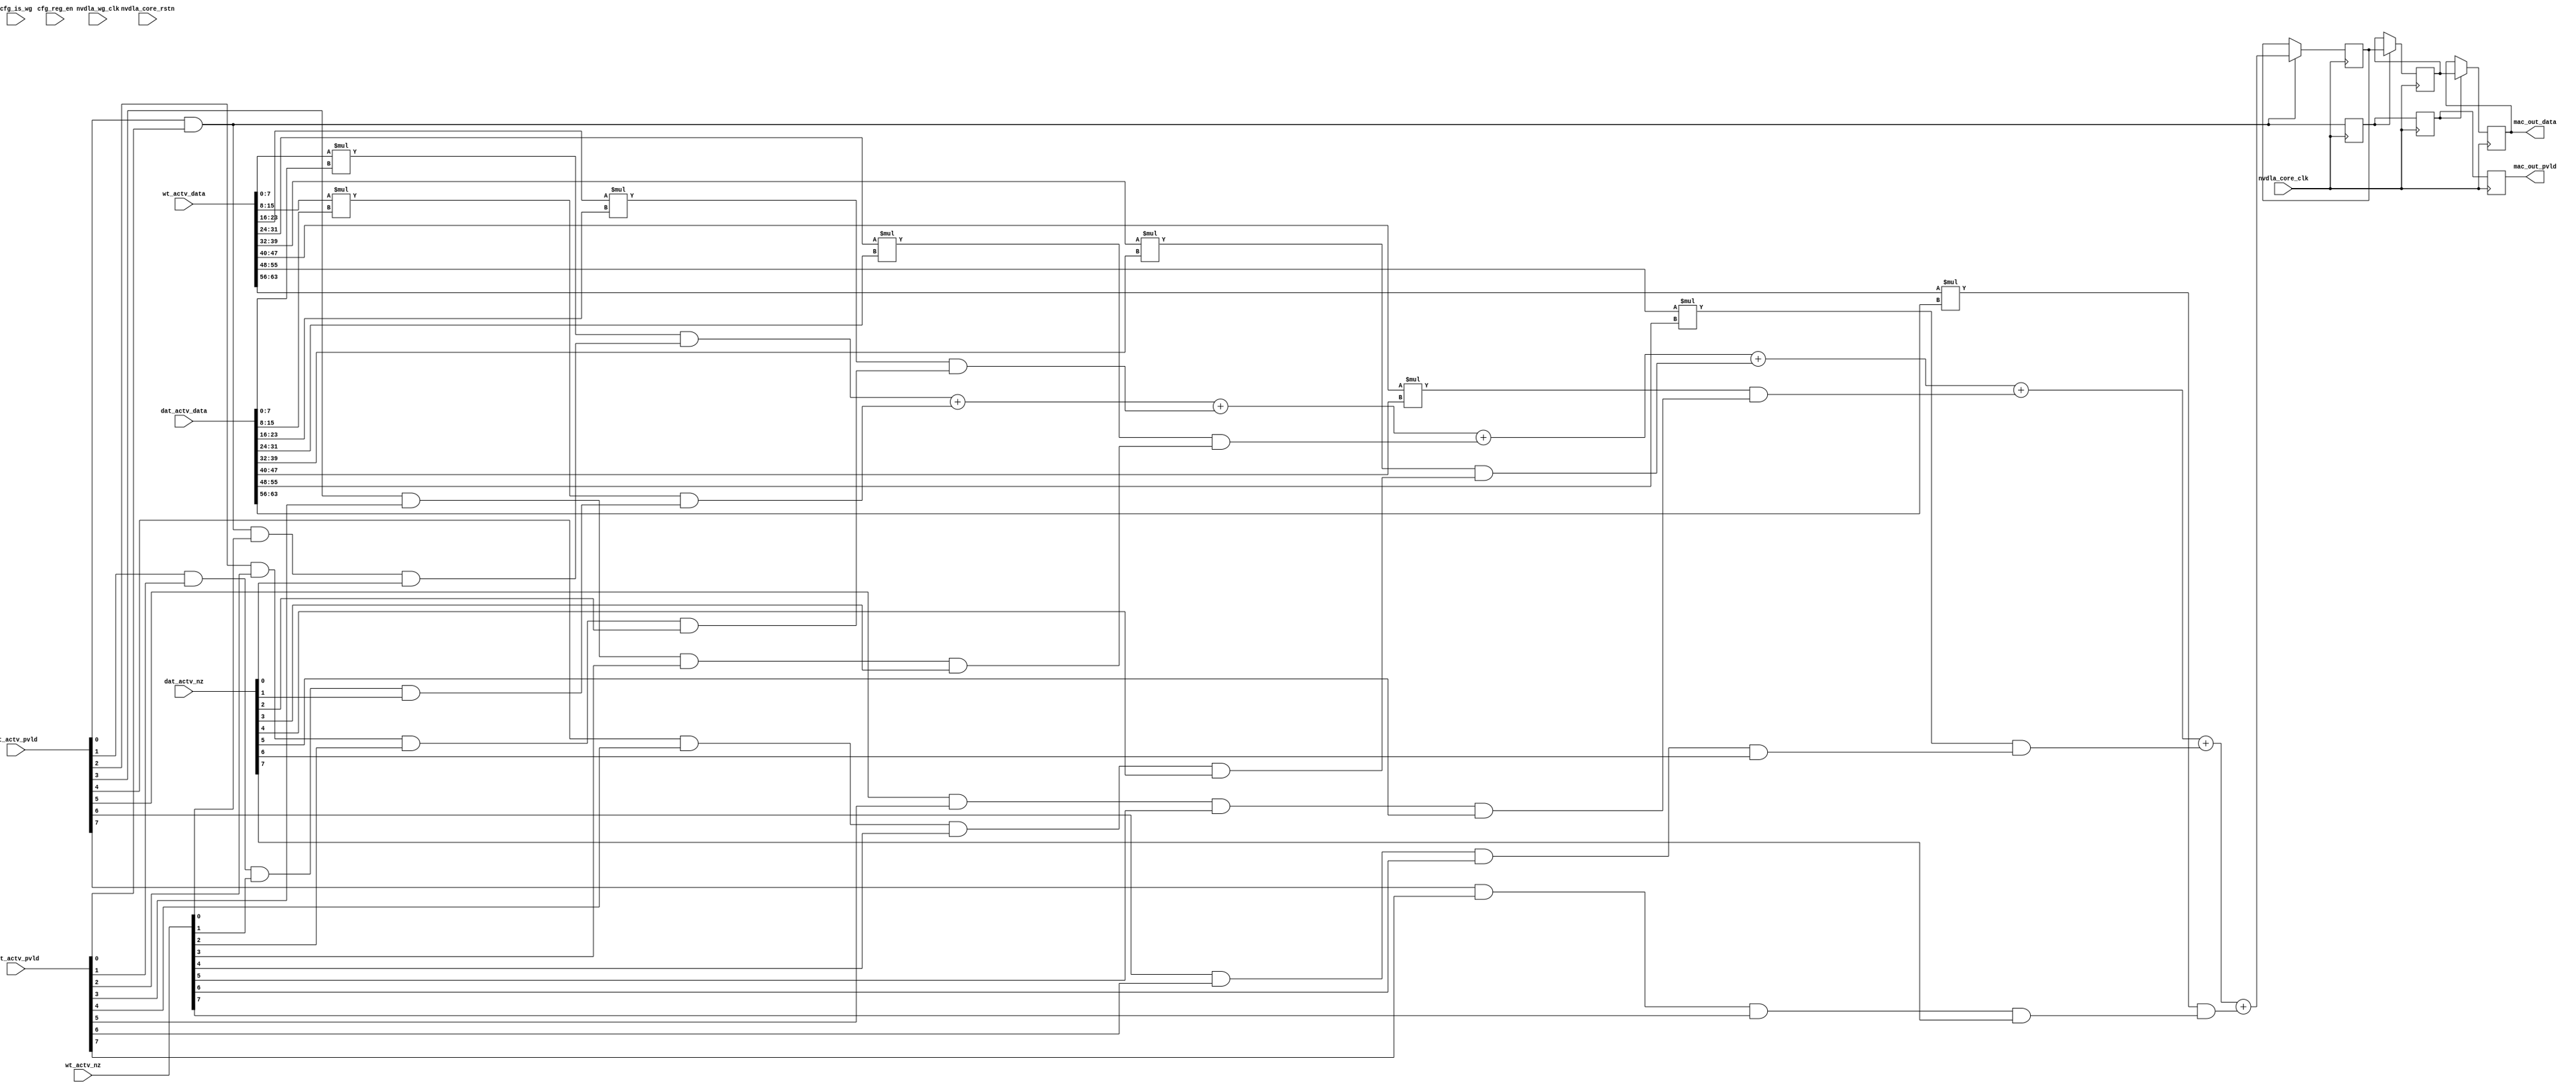
// ================================================================
// NVDLA Open Source Project
//
// Copyright(c) 2016 - 2017 NVIDIA Corporation. Licensed under the
// NVDLA Open Hardware License; Check "LICENSE" which comes with
// this distribution for more information.
// ================================================================
// ================================================================
// NVDLA Open Source Project
// 
// Copyright(c) 2016 - 2017 NVIDIA Corporation.  Licensed under the
// NVDLA Open Hardware License; Check "LICENSE" which comes with 
// this distribution for more information.
// ================================================================
`define DESIGNWARE_NOEXIST 1
module NV_NVDLA_CMAC_CORE_mac (
   nvdla_core_clk //|< i
  ,nvdla_wg_clk //|< i
  ,nvdla_core_rstn //|< i
  ,cfg_is_wg //|< i
  ,cfg_reg_en //|< i
  ,dat_actv_data //|< i
  ,dat_actv_nz //|< i
  ,dat_actv_pvld //|< i
  ,wt_actv_data //|< i
  ,wt_actv_nz //|< i
  ,wt_actv_pvld //|< i
  ,mac_out_data //|> o
  ,mac_out_pvld //|> o
  );
input nvdla_core_clk;
input nvdla_wg_clk;
input nvdla_core_rstn;
input cfg_is_wg;
input cfg_reg_en;
input [8*8 -1:0] dat_actv_data;
input [8 -1:0] dat_actv_nz;
input [8 -1:0] dat_actv_pvld;
input [8*8 -1:0] wt_actv_data;
input [8 -1:0] wt_actv_nz;
input [8 -1:0] wt_actv_pvld;
output [19 -1:0] mac_out_data;
output mac_out_pvld;
////////////////// unpack data&nz //////////////
//: for(my $i=0; $i<8; $i++){
//: my $bpe = 8;
//: my $data_msb = ($i+1) * $bpe - 1;
//: my $data_lsb = $i * $bpe;
//: print qq(
//: wire [${bpe}-1:0] wt_actv_data${i} = wt_actv_data[${data_msb}:${data_lsb}];
//: wire [${bpe}-1:0] dat_actv_data${i} = dat_actv_data[${data_msb}:${data_lsb}];
//: wire wt_actv_nz${i} = wt_actv_nz[${i}];
//: wire dat_actv_nz${i} = dat_actv_nz[${i}];
//: )
//: }
//| eperl: generated_beg (DO NOT EDIT BELOW)

wire [8-1:0] wt_actv_data0 = wt_actv_data[7:0];
wire [8-1:0] dat_actv_data0 = dat_actv_data[7:0];
wire wt_actv_nz0 = wt_actv_nz[0];
wire dat_actv_nz0 = dat_actv_nz[0];

wire [8-1:0] wt_actv_data1 = wt_actv_data[15:8];
wire [8-1:0] dat_actv_data1 = dat_actv_data[15:8];
wire wt_actv_nz1 = wt_actv_nz[1];
wire dat_actv_nz1 = dat_actv_nz[1];

wire [8-1:0] wt_actv_data2 = wt_actv_data[23:16];
wire [8-1:0] dat_actv_data2 = dat_actv_data[23:16];
wire wt_actv_nz2 = wt_actv_nz[2];
wire dat_actv_nz2 = dat_actv_nz[2];

wire [8-1:0] wt_actv_data3 = wt_actv_data[31:24];
wire [8-1:0] dat_actv_data3 = dat_actv_data[31:24];
wire wt_actv_nz3 = wt_actv_nz[3];
wire dat_actv_nz3 = dat_actv_nz[3];

wire [8-1:0] wt_actv_data4 = wt_actv_data[39:32];
wire [8-1:0] dat_actv_data4 = dat_actv_data[39:32];
wire wt_actv_nz4 = wt_actv_nz[4];
wire dat_actv_nz4 = dat_actv_nz[4];

wire [8-1:0] wt_actv_data5 = wt_actv_data[47:40];
wire [8-1:0] dat_actv_data5 = dat_actv_data[47:40];
wire wt_actv_nz5 = wt_actv_nz[5];
wire dat_actv_nz5 = dat_actv_nz[5];

wire [8-1:0] wt_actv_data6 = wt_actv_data[55:48];
wire [8-1:0] dat_actv_data6 = dat_actv_data[55:48];
wire wt_actv_nz6 = wt_actv_nz[6];
wire dat_actv_nz6 = dat_actv_nz[6];

wire [8-1:0] wt_actv_data7 = wt_actv_data[63:56];
wire [8-1:0] dat_actv_data7 = dat_actv_data[63:56];
wire wt_actv_nz7 = wt_actv_nz[7];
wire dat_actv_nz7 = dat_actv_nz[7];

//| eperl: generated_end (DO NOT EDIT ABOVE)
`ifdef DESIGNWARE_NOEXIST
wire signed [19 -1:0] sum_out;
wire [8 -1:0] op_out_pvld;
//: my $mul_result_width = 18;
//: my $bpe = 8;
//: my $rwidth = 19;
//: my $result_width = $rwidth * 8 * 2;
//: for (my $i=0; $i < 8; ++$i) {
//: print "assign op_out_pvld[${i}] = wt_actv_pvld[${i}] & dat_actv_pvld[${i}] & wt_actv_nz${i} & dat_actv_nz${i};\n";
//: print "wire signed [${mul_result_width}-1:0] mout_$i = (\$signed(wt_actv_data${i}) * \$signed(dat_actv_data${i})) & \$signed({${mul_result_width}{op_out_pvld[${i}]}});\n";
//: }
//:
//: print "assign sum_out = \n";
//: for (my $i=0; $i < 8; ++$i) {
//: print "    ";
//: print "+ " if ($i != 0);
//: print "mout_$i\n";
//: }
//: print "; \n";
//| eperl: generated_beg (DO NOT EDIT BELOW)
assign op_out_pvld[0] = wt_actv_pvld[0] & dat_actv_pvld[0] & wt_actv_nz0 & dat_actv_nz0;
wire signed [18-1:0] mout_0 = ($signed(wt_actv_data0) * $signed(dat_actv_data0)) & $signed({18{op_out_pvld[0]}});
assign op_out_pvld[1] = wt_actv_pvld[1] & dat_actv_pvld[1] & wt_actv_nz1 & dat_actv_nz1;
wire signed [18-1:0] mout_1 = ($signed(wt_actv_data1) * $signed(dat_actv_data1)) & $signed({18{op_out_pvld[1]}});
assign op_out_pvld[2] = wt_actv_pvld[2] & dat_actv_pvld[2] & wt_actv_nz2 & dat_actv_nz2;
wire signed [18-1:0] mout_2 = ($signed(wt_actv_data2) * $signed(dat_actv_data2)) & $signed({18{op_out_pvld[2]}});
assign op_out_pvld[3] = wt_actv_pvld[3] & dat_actv_pvld[3] & wt_actv_nz3 & dat_actv_nz3;
wire signed [18-1:0] mout_3 = ($signed(wt_actv_data3) * $signed(dat_actv_data3)) & $signed({18{op_out_pvld[3]}});
assign op_out_pvld[4] = wt_actv_pvld[4] & dat_actv_pvld[4] & wt_actv_nz4 & dat_actv_nz4;
wire signed [18-1:0] mout_4 = ($signed(wt_actv_data4) * $signed(dat_actv_data4)) & $signed({18{op_out_pvld[4]}});
assign op_out_pvld[5] = wt_actv_pvld[5] & dat_actv_pvld[5] & wt_actv_nz5 & dat_actv_nz5;
wire signed [18-1:0] mout_5 = ($signed(wt_actv_data5) * $signed(dat_actv_data5)) & $signed({18{op_out_pvld[5]}});
assign op_out_pvld[6] = wt_actv_pvld[6] & dat_actv_pvld[6] & wt_actv_nz6 & dat_actv_nz6;
wire signed [18-1:0] mout_6 = ($signed(wt_actv_data6) * $signed(dat_actv_data6)) & $signed({18{op_out_pvld[6]}});
assign op_out_pvld[7] = wt_actv_pvld[7] & dat_actv_pvld[7] & wt_actv_nz7 & dat_actv_nz7;
wire signed [18-1:0] mout_7 = ($signed(wt_actv_data7) * $signed(dat_actv_data7)) & $signed({18{op_out_pvld[7]}});
assign sum_out = 
    mout_0
    + mout_1
    + mout_2
    + mout_3
    + mout_4
    + mout_5
    + mout_6
    + mout_7
; 

//| eperl: generated_end (DO NOT EDIT ABOVE)
`endif
`ifndef DESIGNWARE_NOEXIST
wire [19 -1:0] sum_out;
wire [19*8*2-1:0] full_mul_result;
wire [8 -1:0] op_out_pvld;
//: my $mul_result_width = 18;
//: my $bpe = 8;
//: my $rwidth = 19;
//: for (my $i=0; $i < 8; ++$i) {
//: my $j = $i * 2;
//: my $k = $i * 2 + 1;
//: print qq(
//: wire [$mul_result_width-1:0] mout_$j;
//: wire [$mul_result_width-1:0] mout_$k;
//: DW02_multp #(${bpe}, ${bpe}, $mul_result_width) mul$i (
//: .a(wt_actv_data${i}),
//: .b(dat_actv_data${i}),
//: .tc(1'b1),
//: .out0(mout_${j}),
//: .out1(mout_${k})
//: );
//: assign op_out_pvld[${i}] = wt_actv_pvld[${i}] & dat_actv_pvld[${i}] & wt_actv_nz${i} & dat_actv_nz${i};
//: );
//:
//: my $offset = $j * $rwidth;
//: my $sign_extend_bits = 19 - $mul_result_width;
//: print qq(
//: assign full_mul_result[$offset + $rwidth - 1 : $offset] = {{${sign_extend_bits}{mout_${j}[${mul_result_width}-1]}}, mout_$j} & {${rwidth}{op_out_pvld[$i]}}; );
//: $offset = $k * $rwidth;
//: print qq(
//: assign full_mul_result[$offset + $rwidth - 1 : $offset] = {{${sign_extend_bits}{mout_${k}[${mul_result_width}-1]}}, mout_$k} & {${rwidth}{op_out_pvld[$i]}}; );
//: }
//| eperl: generated_beg (DO NOT EDIT BELOW)

wire [18-1:0] mout_0;
wire [18-1:0] mout_1;
DW02_multp #(8, 8, 18) mul0 (
.a(wt_actv_data0),
.b(dat_actv_data0),
.tc(1'b1),
.out0(mout_0),
.out1(mout_1)
);
assign op_out_pvld[0] = wt_actv_pvld[0] & dat_actv_pvld[0] & wt_actv_nz0 & dat_actv_nz0;

assign full_mul_result[0 + 19 - 1 : 0] = {{1{mout_0[18-1]}}, mout_0} & {19{op_out_pvld[0]}}; 
assign full_mul_result[19 + 19 - 1 : 19] = {{1{mout_1[18-1]}}, mout_1} & {19{op_out_pvld[0]}}; 
wire [18-1:0] mout_2;
wire [18-1:0] mout_3;
DW02_multp #(8, 8, 18) mul1 (
.a(wt_actv_data1),
.b(dat_actv_data1),
.tc(1'b1),
.out0(mout_2),
.out1(mout_3)
);
assign op_out_pvld[1] = wt_actv_pvld[1] & dat_actv_pvld[1] & wt_actv_nz1 & dat_actv_nz1;

assign full_mul_result[38 + 19 - 1 : 38] = {{1{mout_2[18-1]}}, mout_2} & {19{op_out_pvld[1]}}; 
assign full_mul_result[57 + 19 - 1 : 57] = {{1{mout_3[18-1]}}, mout_3} & {19{op_out_pvld[1]}}; 
wire [18-1:0] mout_4;
wire [18-1:0] mout_5;
DW02_multp #(8, 8, 18) mul2 (
.a(wt_actv_data2),
.b(dat_actv_data2),
.tc(1'b1),
.out0(mout_4),
.out1(mout_5)
);
assign op_out_pvld[2] = wt_actv_pvld[2] & dat_actv_pvld[2] & wt_actv_nz2 & dat_actv_nz2;

assign full_mul_result[76 + 19 - 1 : 76] = {{1{mout_4[18-1]}}, mout_4} & {19{op_out_pvld[2]}}; 
assign full_mul_result[95 + 19 - 1 : 95] = {{1{mout_5[18-1]}}, mout_5} & {19{op_out_pvld[2]}}; 
wire [18-1:0] mout_6;
wire [18-1:0] mout_7;
DW02_multp #(8, 8, 18) mul3 (
.a(wt_actv_data3),
.b(dat_actv_data3),
.tc(1'b1),
.out0(mout_6),
.out1(mout_7)
);
assign op_out_pvld[3] = wt_actv_pvld[3] & dat_actv_pvld[3] & wt_actv_nz3 & dat_actv_nz3;

assign full_mul_result[114 + 19 - 1 : 114] = {{1{mout_6[18-1]}}, mout_6} & {19{op_out_pvld[3]}}; 
assign full_mul_result[133 + 19 - 1 : 133] = {{1{mout_7[18-1]}}, mout_7} & {19{op_out_pvld[3]}}; 
wire [18-1:0] mout_8;
wire [18-1:0] mout_9;
DW02_multp #(8, 8, 18) mul4 (
.a(wt_actv_data4),
.b(dat_actv_data4),
.tc(1'b1),
.out0(mout_8),
.out1(mout_9)
);
assign op_out_pvld[4] = wt_actv_pvld[4] & dat_actv_pvld[4] & wt_actv_nz4 & dat_actv_nz4;

assign full_mul_result[152 + 19 - 1 : 152] = {{1{mout_8[18-1]}}, mout_8} & {19{op_out_pvld[4]}}; 
assign full_mul_result[171 + 19 - 1 : 171] = {{1{mout_9[18-1]}}, mout_9} & {19{op_out_pvld[4]}}; 
wire [18-1:0] mout_10;
wire [18-1:0] mout_11;
DW02_multp #(8, 8, 18) mul5 (
.a(wt_actv_data5),
.b(dat_actv_data5),
.tc(1'b1),
.out0(mout_10),
.out1(mout_11)
);
assign op_out_pvld[5] = wt_actv_pvld[5] & dat_actv_pvld[5] & wt_actv_nz5 & dat_actv_nz5;

assign full_mul_result[190 + 19 - 1 : 190] = {{1{mout_10[18-1]}}, mout_10} & {19{op_out_pvld[5]}}; 
assign full_mul_result[209 + 19 - 1 : 209] = {{1{mout_11[18-1]}}, mout_11} & {19{op_out_pvld[5]}}; 
wire [18-1:0] mout_12;
wire [18-1:0] mout_13;
DW02_multp #(8, 8, 18) mul6 (
.a(wt_actv_data6),
.b(dat_actv_data6),
.tc(1'b1),
.out0(mout_12),
.out1(mout_13)
);
assign op_out_pvld[6] = wt_actv_pvld[6] & dat_actv_pvld[6] & wt_actv_nz6 & dat_actv_nz6;

assign full_mul_result[228 + 19 - 1 : 228] = {{1{mout_12[18-1]}}, mout_12} & {19{op_out_pvld[6]}}; 
assign full_mul_result[247 + 19 - 1 : 247] = {{1{mout_13[18-1]}}, mout_13} & {19{op_out_pvld[6]}}; 
wire [18-1:0] mout_14;
wire [18-1:0] mout_15;
DW02_multp #(8, 8, 18) mul7 (
.a(wt_actv_data7),
.b(dat_actv_data7),
.tc(1'b1),
.out0(mout_14),
.out1(mout_15)
);
assign op_out_pvld[7] = wt_actv_pvld[7] & dat_actv_pvld[7] & wt_actv_nz7 & dat_actv_nz7;

assign full_mul_result[266 + 19 - 1 : 266] = {{1{mout_14[18-1]}}, mout_14} & {19{op_out_pvld[7]}}; 
assign full_mul_result[285 + 19 - 1 : 285] = {{1{mout_15[18-1]}}, mout_15} & {19{op_out_pvld[7]}}; 
//| eperl: generated_end (DO NOT EDIT ABOVE)
DW02_sum #(8*2, 19) fsum (.INPUT(full_mul_result), .SUM(sum_out));
`endif
//add pipeline for retiming
wire pp_pvld_d0 = (dat_actv_pvld[0] & wt_actv_pvld[0]);
//wire [19 -1:0] sum_out_d0 = $unsigned(sum_out);
wire [19 -1:0] sum_out_d0 = sum_out;
//: my $rwidth = 19;
//: my $rr=3;
//: &eperl::retime("-stage ${rr} -o sum_out_dd -i sum_out_d0 -cg_en_i pp_pvld_d0 -cg_en_o pp_pvld_dd -cg_en_rtm -wid $rwidth");
//| eperl: generated_beg (DO NOT EDIT BELOW)
reg [19-1:0] sum_out_d0_d1;
always @(posedge nvdla_core_clk) begin
    if ((pp_pvld_d0)) begin
        sum_out_d0_d1[19-1:0] <= sum_out_d0[19-1:0];
    end
end

reg pp_pvld_d0_d1;
always @(posedge nvdla_core_clk) begin
    pp_pvld_d0_d1 <= pp_pvld_d0;
end

reg [19-1:0] sum_out_d0_d2;
always @(posedge nvdla_core_clk) begin
    if ((pp_pvld_d0_d1)) begin
        sum_out_d0_d2[19-1:0] <= sum_out_d0_d1[19-1:0];
    end
end

reg pp_pvld_d0_d2;
always @(posedge nvdla_core_clk) begin
    pp_pvld_d0_d2 <= pp_pvld_d0_d1;
end

reg [19-1:0] sum_out_d0_d3;
always @(posedge nvdla_core_clk) begin
    if ((pp_pvld_d0_d2)) begin
        sum_out_d0_d3[19-1:0] <= sum_out_d0_d2[19-1:0];
    end
end

reg pp_pvld_d0_d3;
always @(posedge nvdla_core_clk) begin
    pp_pvld_d0_d3 <= pp_pvld_d0_d2;
end

wire [19-1:0] sum_out_dd;
assign sum_out_dd = sum_out_d0_d3;

wire pp_pvld_dd;
assign pp_pvld_dd = pp_pvld_d0_d3;


//| eperl: generated_end (DO NOT EDIT ABOVE)
assign mac_out_pvld=pp_pvld_dd;
assign mac_out_data=sum_out_dd;
endmodule // NV_NVDLA_CMAC_CORE_mac